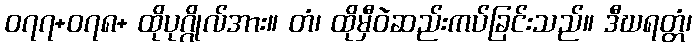
၀၇၇+၀၇၈+ ထိုပုဂ္ဂိုလ်အား။ တံ၊ ထိုမှီဝဲဆည်းကပ်ခြင်းသည်။ ဒီဃရတ္တံ၊